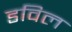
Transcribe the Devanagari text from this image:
डविल